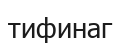
тифинаг